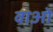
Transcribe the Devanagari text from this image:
वाओ